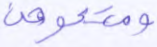
ومتعوهن